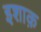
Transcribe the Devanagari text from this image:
इशाक़